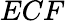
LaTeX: ECF